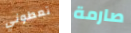
تعطوني صارمة